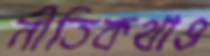
নীতিকথাও